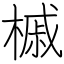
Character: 槭